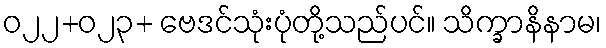
ဝ၂၂+ဝ၂၃+ ဗေဒင်သုံးပုံတို့သည်ပင်။ သိက္ခာနိနာမ၊